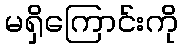
မရှိကြောင်းကို